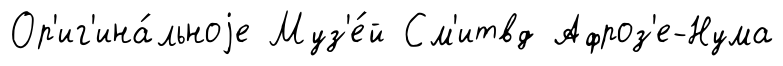
Ор'иг'ина́льноjе Муз'е́й См'итвд Афроз'е-Нума